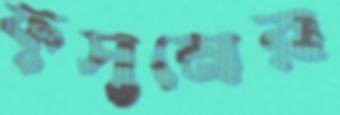
ফুসুনের